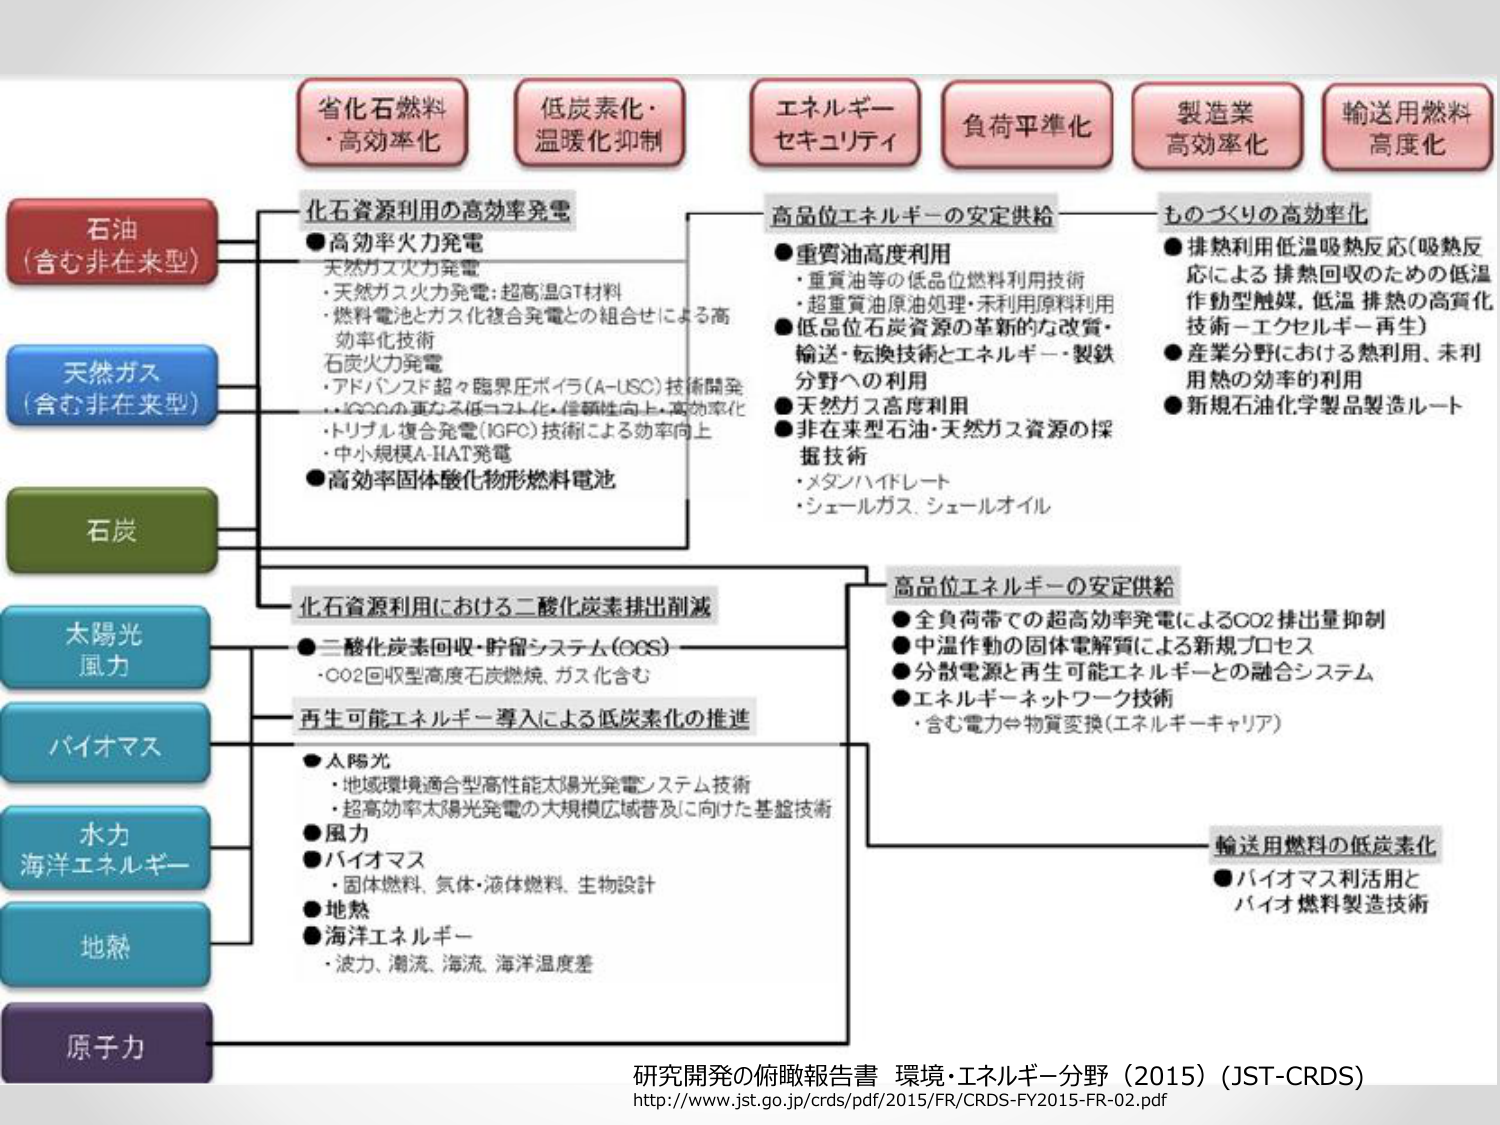
石油
(含む非在来型)
天然ガス
(含む非在来型)
石炭
太陽光
風力
バイオマス
水力
海洋エネルギー
地熱
原子力

省化石燃料
・高効率化
低炭素化・
温暖化抑制
エネルギー
セキュリティ
負荷平準化
製造業
高効率化
輸送用燃料
高度化

化石資源利用の高効率発電
●高効率火力発電
・天然ガス火力発電
・天然ガス火力発電：超高温GT材料
・燃料電池とガス化複合発電との組合せによる高効率化技術
石炭火力発電
・アドバンスト超々臨界圧ボイラ（A-USC）技術開発
・IGCCの更なる低コスト化・信頼性向上・高効率化
・トリプル複合発電（IGFC）技術による効率向上
・中小規模A-HAT発電
●高効率固体酸化物形燃料電池

化石資源利用における二酸化炭素排出削減
●二酸化炭素回収・貯留システム（CCS）
・CO2回収型高度石炭燃焼、ガス化含む
再生可能エネルギー導入による低炭素化の推進
●太陽光
・地域環境適合型高性能太陽光発電システム技術
・超高効率太陽光発電の大規模広域普及に向けた基盤技術
●風力
●バイオマス
・固体燃料、気体・液体燃料、生物設計
●地熱
●海洋エネルギー
・波力、潮流、海流、海洋温度差

高品位エネルギーの安定供給
●重質油高度利用
・重質油等の低品位燃料利用技術
・超重質油原油処理・未利用原料利用
●低品位石炭資源の革新的な改質・
輸送・転換技術とエネルギー・製鉄分野への利用
●天然ガス高度利用
●非在来型石油・天然ガス資源の採掘技術
・メタンハイドレート
・シェールガス、シェールオイル

高品位エネルギーの安定供給
●全負荷帯での超高効率発電によるCO2排出量抑制
●中温作動の固体電解質による新規プロセス
●分散電源と再生可能エネルギーとの融合システム
●エネルギーネットワーク技術
・含む電力⇔物質変換（エネルギーキャリア）

ものづくりの高効率化
●排熱利用低温吸熱反応（吸熱反応による排熱回収のための低温作動型触媒、低温排熱の高質化技術－エクセルギー再生）
●産業分野における熱利用、未利用熱の効率的利用
●新規石油化学製品製造ルート

輸送用燃料の低炭素化
●バイオマス利活用と
バイオ燃料製造技術

研究開発の俯瞰報告書 環境・エネルギー分野（2015）(JST-CRDS)
http://www.jst.go.jp/crds/pdf/2015/FR/CRDS-FY2015-FR-02.pdf